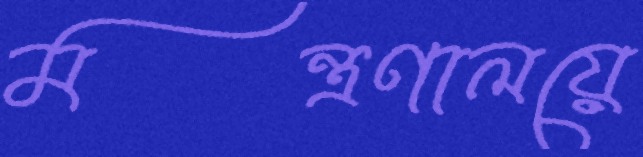
মন্ত্রণালয়ে